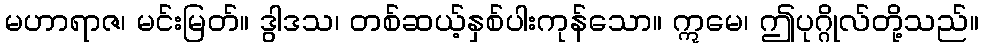
မဟာရာဇ၊ မင်းမြတ်။ ဒွါဒသ၊ တစ်ဆယ့်နှစ်ပါးကုန်သော။ ဣမေ၊ ဤပုဂ္ဂိုလ်တို့သည်။